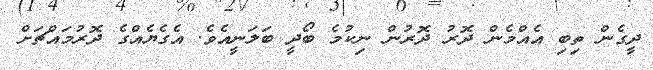
ދީގެން ތިބި އެއްމެން ދޮރު ދޮރުން ނިކުމެ ބޯދީ ބަލަނީއެވެ. އެގެޔެއްގެ ދޮރުމައްޗަށް